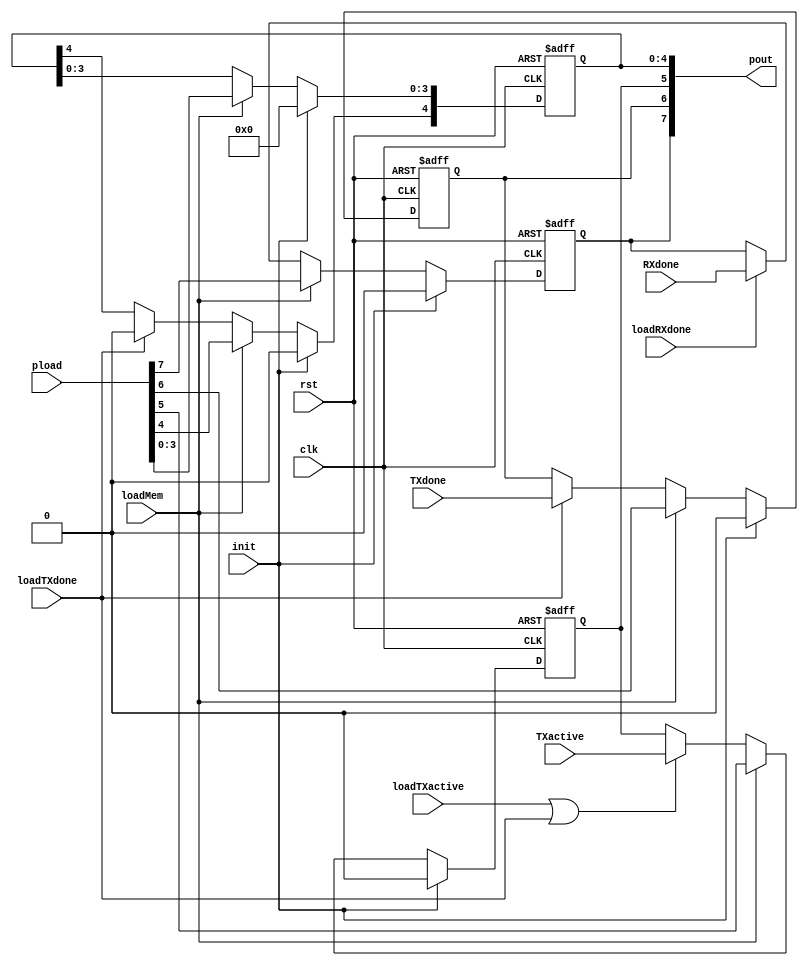
`timescale 1ns/1ns
module UART_Conf (
    input clk,
    input rst,
    input loadMem,
    input loadTXactive,
    input loadTXdone,
    input loadRXdone,
    input init,
    input [7:0] pload,
    input TXactive,
    input TXdone,
    input RXdone,
    output reg [7:0] pout
);


    always @(posedge clk, posedge rst) begin
        if (rst == 1)
            pout[4:0] <= 5'b0;
        else if(init)
            pout[4:0] <= 5'b0;
        else if (loadMem == 1)
            pout[4:0] <= pload[4:0];
        else if (loadTXdone == 1)
            pout[4] <= 1'b0;
    end

    always @(posedge clk, posedge rst) begin
        if (rst == 1)
            pout[5] <= 1'b0;
        else if(init)
            pout[5] <= 1'b0;
        else if (loadMem == 1)
            pout[5] <= pload[5];
        else if (loadTXactive == 1 || loadTXdone == 1'b1)
            pout[5] <= TXactive;
    end

    always @(posedge clk, posedge rst) begin
        if (rst == 1)
            pout[6] <= 1'b0;
        else if(init)
            pout[6] <= 1'b0;
        else if (loadMem == 1)
            pout[6] <= pload[6];
        else if (loadTXdone == 1)
            pout[6] <= TXdone;
    end

    always @(posedge clk, posedge rst) begin
        if (rst == 1)
            pout[7] <= 1'b0;
        else if(init)
            pout[7] <= 1'b0;
        else if (loadMem == 1)
            pout[7] <= pload[7];
        else if (loadRXdone == 1)
            pout[7] <= RXdone;
    end


endmodule